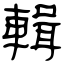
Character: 輯